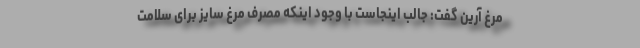
مرغ آرین گفت: جالب اینجاست با وجود اینکه مصرف مرغ سایز برای سلامت